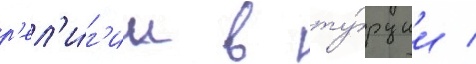
р'ел'и́г'ии в ту́рции /